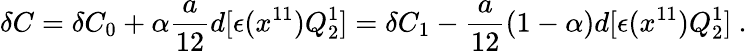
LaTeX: \delta C=\delta C_{0}+\alpha{\frac{a}{12}}d[\epsilon(x^{11})Q_{2}^{1}]=\delta C_{1}-{\frac{a}{12}}(1-\alpha)d[\epsilon(x^{11})Q_{2}^{1}]\ .